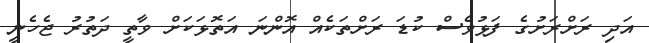
އަދި ރަށްރަށުގެ ފަޅުވެސް ކުޑަ ރަށްތަކެއް އޮންނަ އަތޮޅަކަށް ވާތީ ދަތުރު ޖެހެނީ